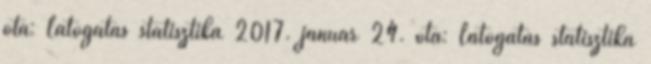
óta: Látogatás statisztika 2017. január 24. óta: Látogatás statisztika